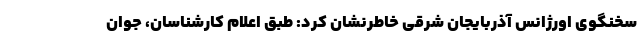
سخنگوی اورژانس آذربایجان شرقی خاطرنشان کرد: طبق اعلام کارشناسان، جوان